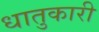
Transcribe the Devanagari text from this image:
धातुकारी